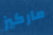
ماركيز